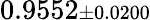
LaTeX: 0.9552{\scriptstyle\pm 0.0200}